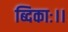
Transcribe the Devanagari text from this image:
ब्दिकाः।।